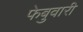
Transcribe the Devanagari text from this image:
फेबुवारी